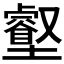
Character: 𡓝